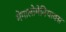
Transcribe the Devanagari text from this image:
मेगालोमेनियाक्स